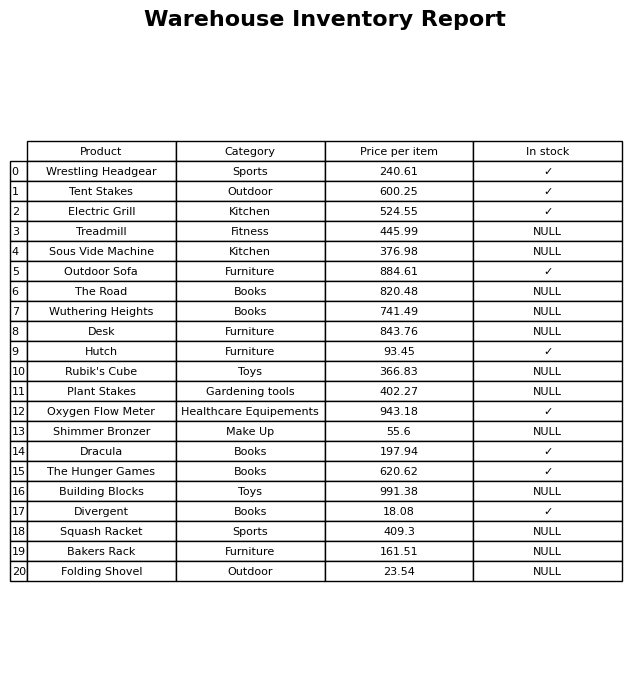
question: Which products are available in stock?
answer: Wrestling Headgear, Tent Stakes, Electric Grill, Outdoor Sofa, Hutch, Oxygen Flow Meter, Dracula, The Hunger Games, Divergent